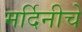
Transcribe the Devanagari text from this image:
मर्दिनीचे